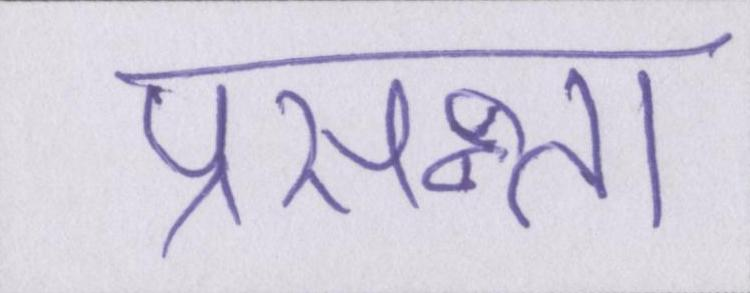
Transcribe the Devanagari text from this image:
प्रसन्न्ता